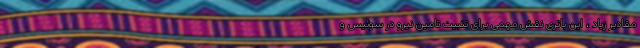
مقادیر زیاد ، این باتری نقش مهمی برای تثبیت تامین نیرو در سوئیس و